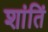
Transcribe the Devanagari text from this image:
शांतिं